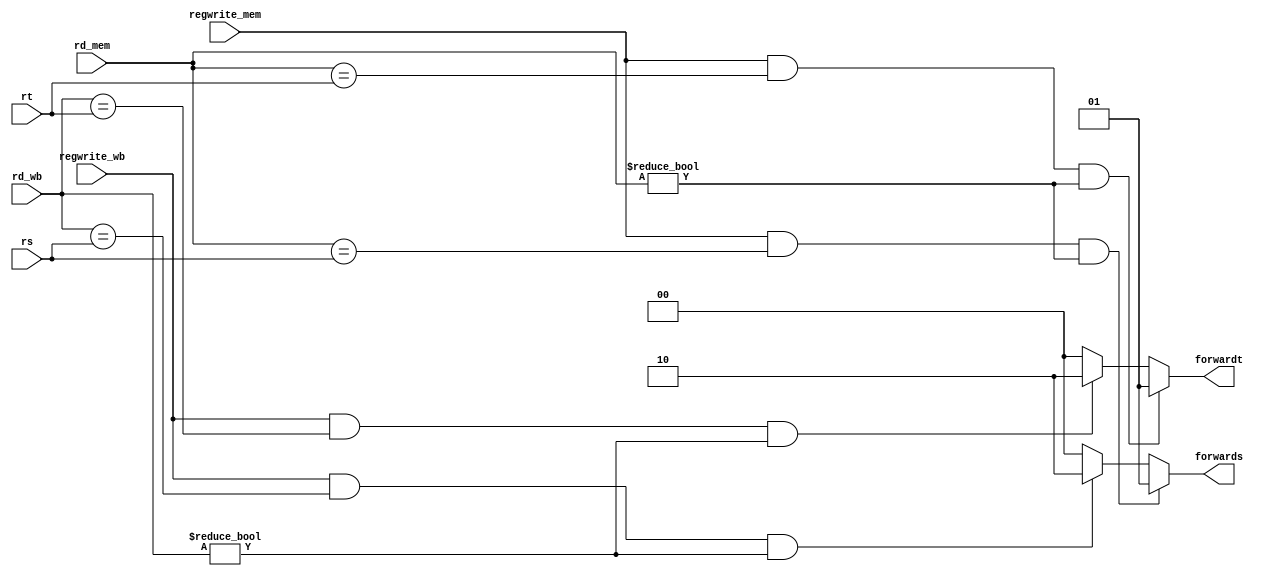
module fw_hazard(input regwrite_mem,input regwrite_wb,input [4:0]rd_wb,input [4:0]rd_mem,input [4:0]rt,input [4:0]rs,output reg [1:0]forwards,output reg [1:0]forwardt);

always @(regwrite_mem or rd_mem or rs)
begin
if ((regwrite_mem==1)  && (rd_mem==rs) && (rd_mem != 0))
begin
forwards <=1;
end
else if(regwrite_wb && (rd_wb==rs) && (rd_wb!=0))
begin
forwards <=2;
end
else 
begin
forwards <=0;
end

if ((regwrite_mem==1)  && (rd_mem==rt) && (rd_mem!=0))
forwardt <=1;
else if(regwrite_wb && (rd_wb==rt) && (rd_wb!=0))
forwardt <=2;
else 
forwardt <=0;

end


endmodule